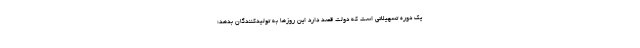
یک دوره تسهیلاتی است که دولت قصد دارد این روزها به تولیدکنندگان بدهد؛